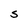
Character: S